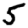
Digit: 5